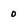
Character: 0